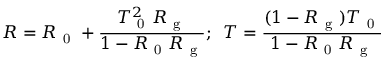
R = R _ { \mathrm { ~ 0 ~ } } + \frac { T _ { \mathrm { ~ 0 ~ } } ^ { 2 } R _ { \mathrm { ~ g ~ } } } { 1 - R _ { \mathrm { ~ 0 ~ } } R _ { \mathrm { ~ g ~ } } } ; \, \, \, T = \frac { ( 1 - R _ { \mathrm { ~ g ~ } } ) T _ { \mathrm { ~ 0 ~ } } } { 1 - R _ { \mathrm { ~ 0 ~ } } R _ { \mathrm { ~ g ~ } } }